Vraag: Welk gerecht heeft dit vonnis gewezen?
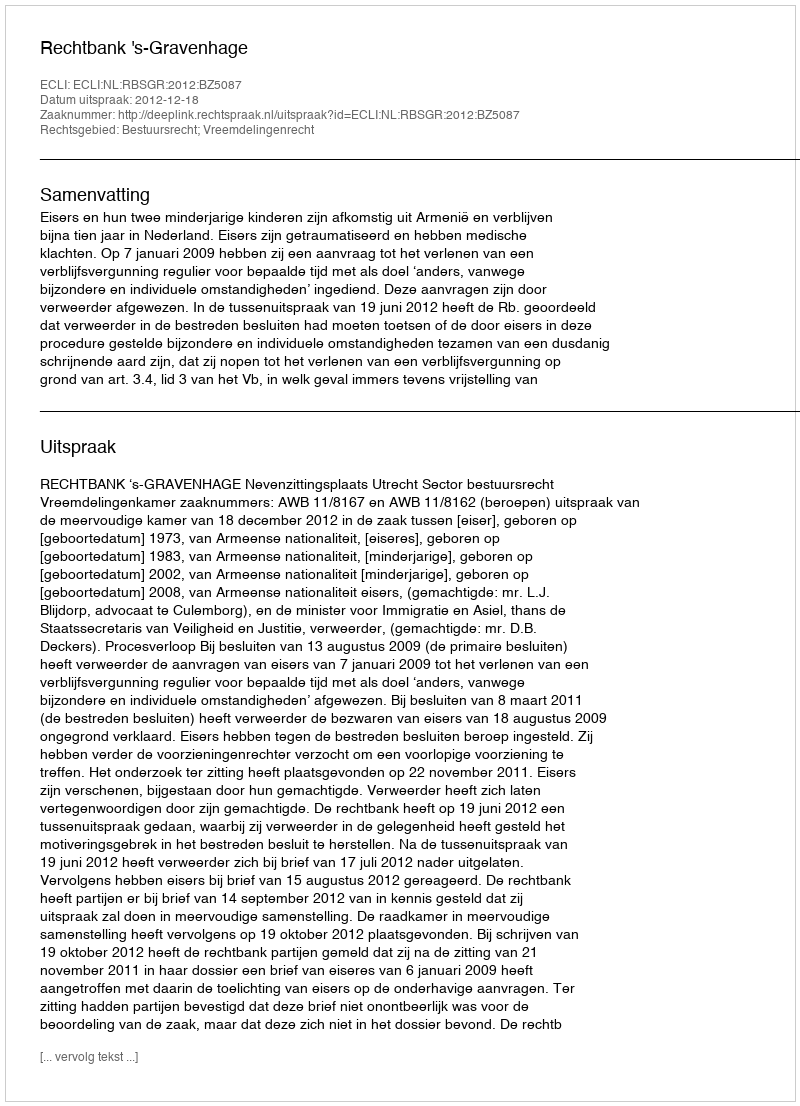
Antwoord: Rechtbank 's-Gravenhage